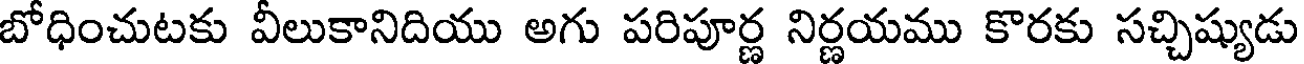
బోధించుటకు వీలుకానిదియు అగు పరిపూర్ణ నిర్ణయము కొరకు సచ్చిష్యుడు